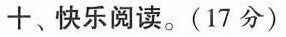
十、快乐阅读。(17分)